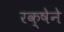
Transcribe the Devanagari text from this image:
रक्षेने